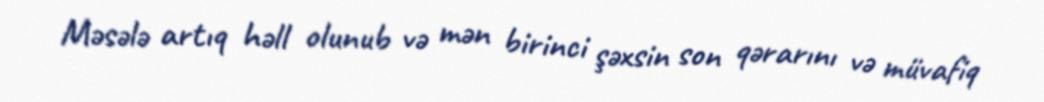
Məsələ artıq həll olunub və mən birinci şəxsin son qərarını və müvafiq